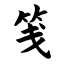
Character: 笺